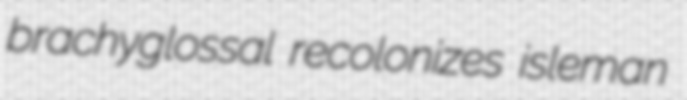
brachyglossal recolonizes isleman